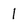
Character: 1